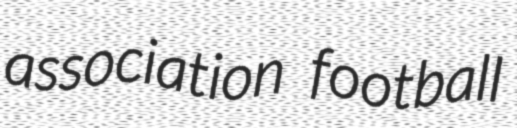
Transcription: association football